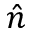
\hat { n }